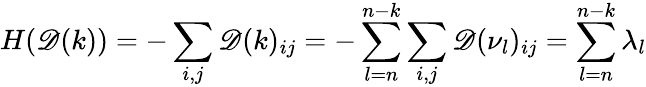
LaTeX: H(\mathscr{D}(k))=-\sum_{i,j}\mathscr{D}(k)_{ij}=-\sum_{l=n}^{n-k}\sum_{i,j}\mathscr{D}(\nu_{l})_{ij}=\sum_{l=n}^{n-k}\lambda_{l}